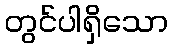
တွင်ပါရှိသော